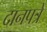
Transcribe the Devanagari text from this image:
दानपत्रे